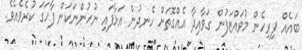
ބައެއް ފިރިހެން މުވައްޒަފުން ގަވާއިދާ އެއްގޮތަށް ހެނދުން އަޅާފައި ނުހުންނަކަން ފާހަގަ ކުރެވެއެވެ.